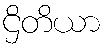
ဌိတိယာ